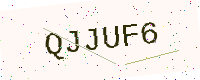
Text: QJJUF6